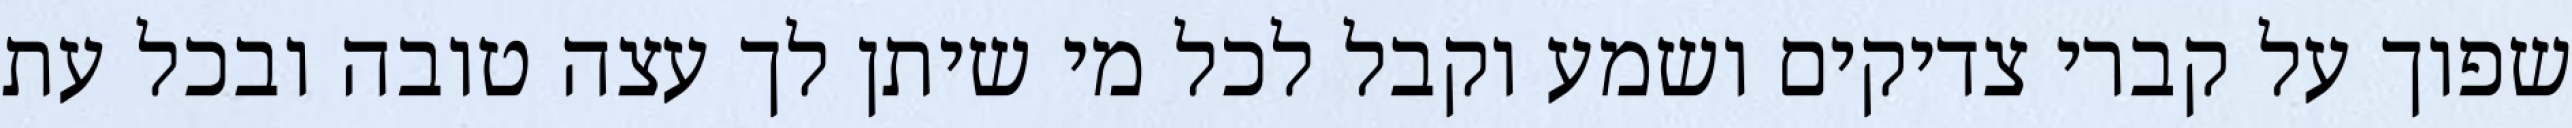
שפוך על קברי צדיקים ושמע וקבל לכל מי שיתן לך עצה טובה ובכל עת